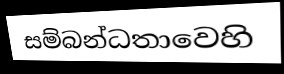
සම්බන්ධතාවෙහි